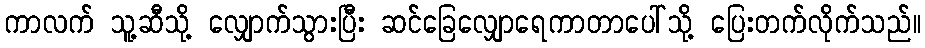
ကာလက် သူ့ဆီသို့ လျှောက်သွားပြီး ဆင်ခြေလျှောရေကာတာပေါ်သို့ ပြေးတက်လိုက်သည်။